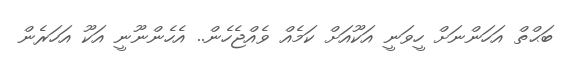
ބަޙްތް އަހަންނަށް ހީވަނީ އަކޫއަށް ކަމެއް ވެއްޖެހެން.. އެހެންނޫނީ އަކޫ އަހަރެން